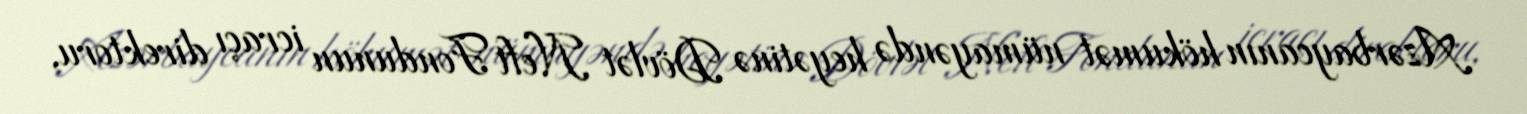
Azərbaycanın hökumət nümayəndə heyətinə Dövlət Neft Fondunun icraçı direktoru,